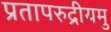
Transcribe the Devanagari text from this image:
प्रतापरुद्रीयमु